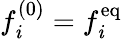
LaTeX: f_{\mathit{i}}^{(0)}=f_{\mathit{i}}^{\mathrm{{eq}}}